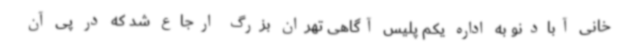
خانی آبادنو به اداره یکم پلیس آگاهی تهران بزرگ ارجاع شد که در پی آن